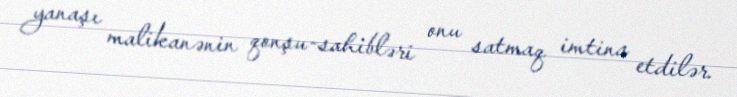
yanaşı malikanənin qonşu-sahibləri onu satmaq imtina etdilər.